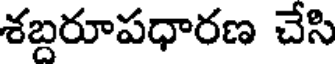
శబ్దరూపధారణ చేసి